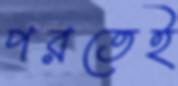
পরতেই